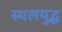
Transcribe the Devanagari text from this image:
स्थलयुद्ध